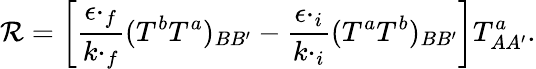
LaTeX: {\cal\mathcal{R}}=\left[\frac{{\epsilon\cdotp_{f}}}{{k\cdotp_{f}}}(T^{b}T^{a})_{BB^{\prime}}-\frac{{\epsilon\cdotp_{i}}}{{k\cdotp_{i}}}(T^{a}T^{b})_{BB^{\prime}}\right]T_{AA^{\prime}}^{a}.